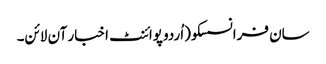
سان فرانسسکو(اُردو پوائنٹ اخبار آن لائن۔